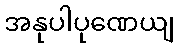
အနုပါပုဏေယျ